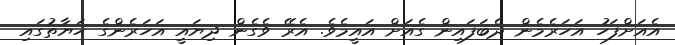
އެއަށްފަހު އަހަރެމެން ދެބަފައިން ގެއަށް އައީމެވެ. އެރޭ ވެގެން ދިޔައީ އަހަރެންގެ ޙަޔާތުގައި